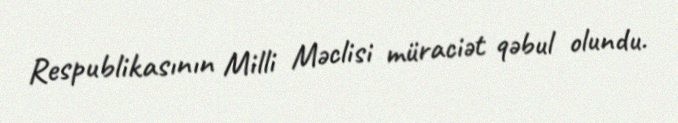
Respublikasının Milli Məclisi müraciət qəbul olundu.